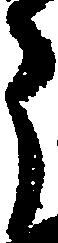
う